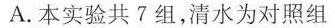
A.本实验共7组，清水为对照组